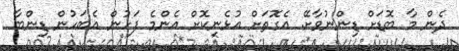
ދެން މާ ބޮޑަށް ޑިންނުވާށޭ. އެގޮތަށް އުޅެނިކޮށް އެންމެ ފަހުން އެބަހުން ޑިންބާ